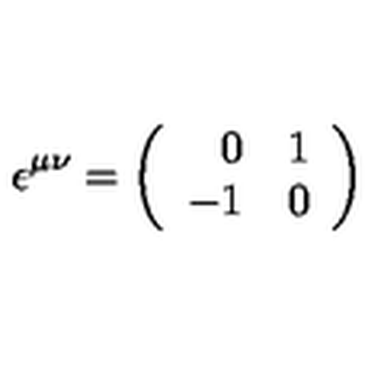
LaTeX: \epsilon ^ { \mu \nu } = \left( \begin{array} { r c } { 0 } & { 1 } \\ { - 1 } & { 0 } \\ \end{array} \right)